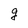
Character: g